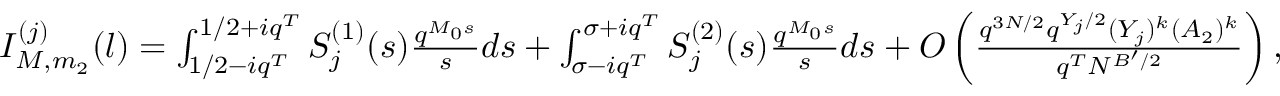
\begin{array} { r } { I _ { M , m _ { 2 } } ^ { ( j ) } ( l ) = \int _ { 1 / 2 - i q ^ { T } } ^ { 1 / 2 + i q ^ { T } } S _ { j } ^ { ( 1 ) } ( s ) \frac { q ^ { M _ { 0 } s } } { s } d s + \int _ { \sigma - i q ^ { T } } ^ { \sigma + i q ^ { T } } S _ { j } ^ { ( 2 ) } ( s ) \frac { q ^ { M _ { 0 } s } } { s } d s + O \left( \frac { q ^ { 3 N / 2 } q ^ { Y _ { j } / 2 } ( Y _ { j } ) ^ { k } ( A _ { 2 } ) ^ { k } } { q ^ { T } N ^ { B ^ { \prime } / 2 } } \right) , } \end{array}